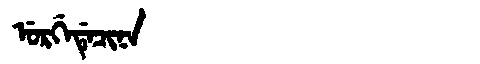
Manchu: ᡠᡵᡤᡝᡩᡝᠴᡳᠨᠠ
Romanization: URGEDECINA